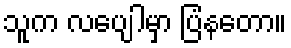
သူက လပျေါမှာ ပြံနတော။